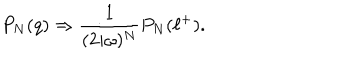
LaTeX: P _ { N } ( q ) \Rightarrow { \frac { 1 } { ( 2 i \omega ) ^ { N } } } P _ { N } ( \ell ^ { + } ) .